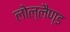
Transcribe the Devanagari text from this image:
लोल्लैण्ड